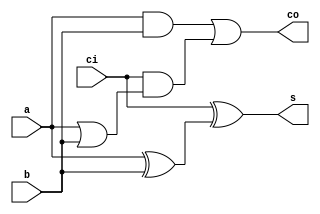
`timescale 1 ns/1 ns

module full_adder_delay (
	input a ,
	input b ,
	input ci ,
	output s ,
	output co
);

	//finding sum
	wire xor_out_1;
	xor #10 xor_1(xor_out_1, a, b);
	xor #10 xor_2(s, ci, xor_out_1);
	
	//finding carry out	
	wire and_out_1;
	and #5 and_1(and_out_1, a, b);
	wire or_out_1;
	or #5 or_1(or_out_1, a, b);
	wire and_out_2;
	and #5 and_2(and_out_2, ci, or_out_1);
	or #5 or_2(co, and_out_1, and_out_2);

endmodule